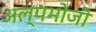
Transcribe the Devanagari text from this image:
अल्पभोजी